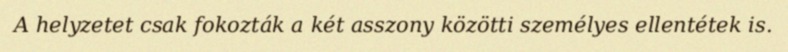
A helyzetet csak fokozták a két asszony közötti személyes ellentétek is.